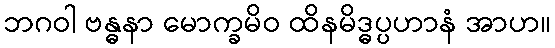
ဘဂဝါ ဗန္ဓနာ မောက္ခမိဝ ထိနမိဒ္ဓပ္ပဟာနံ အာဟ။